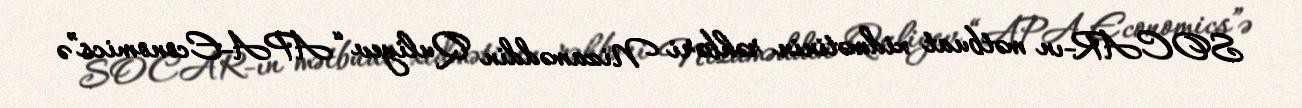
SOCAR-ın mətbuat xidmətinin rəhbəri Nizaməddin Quliyev “APA-Economics”ə